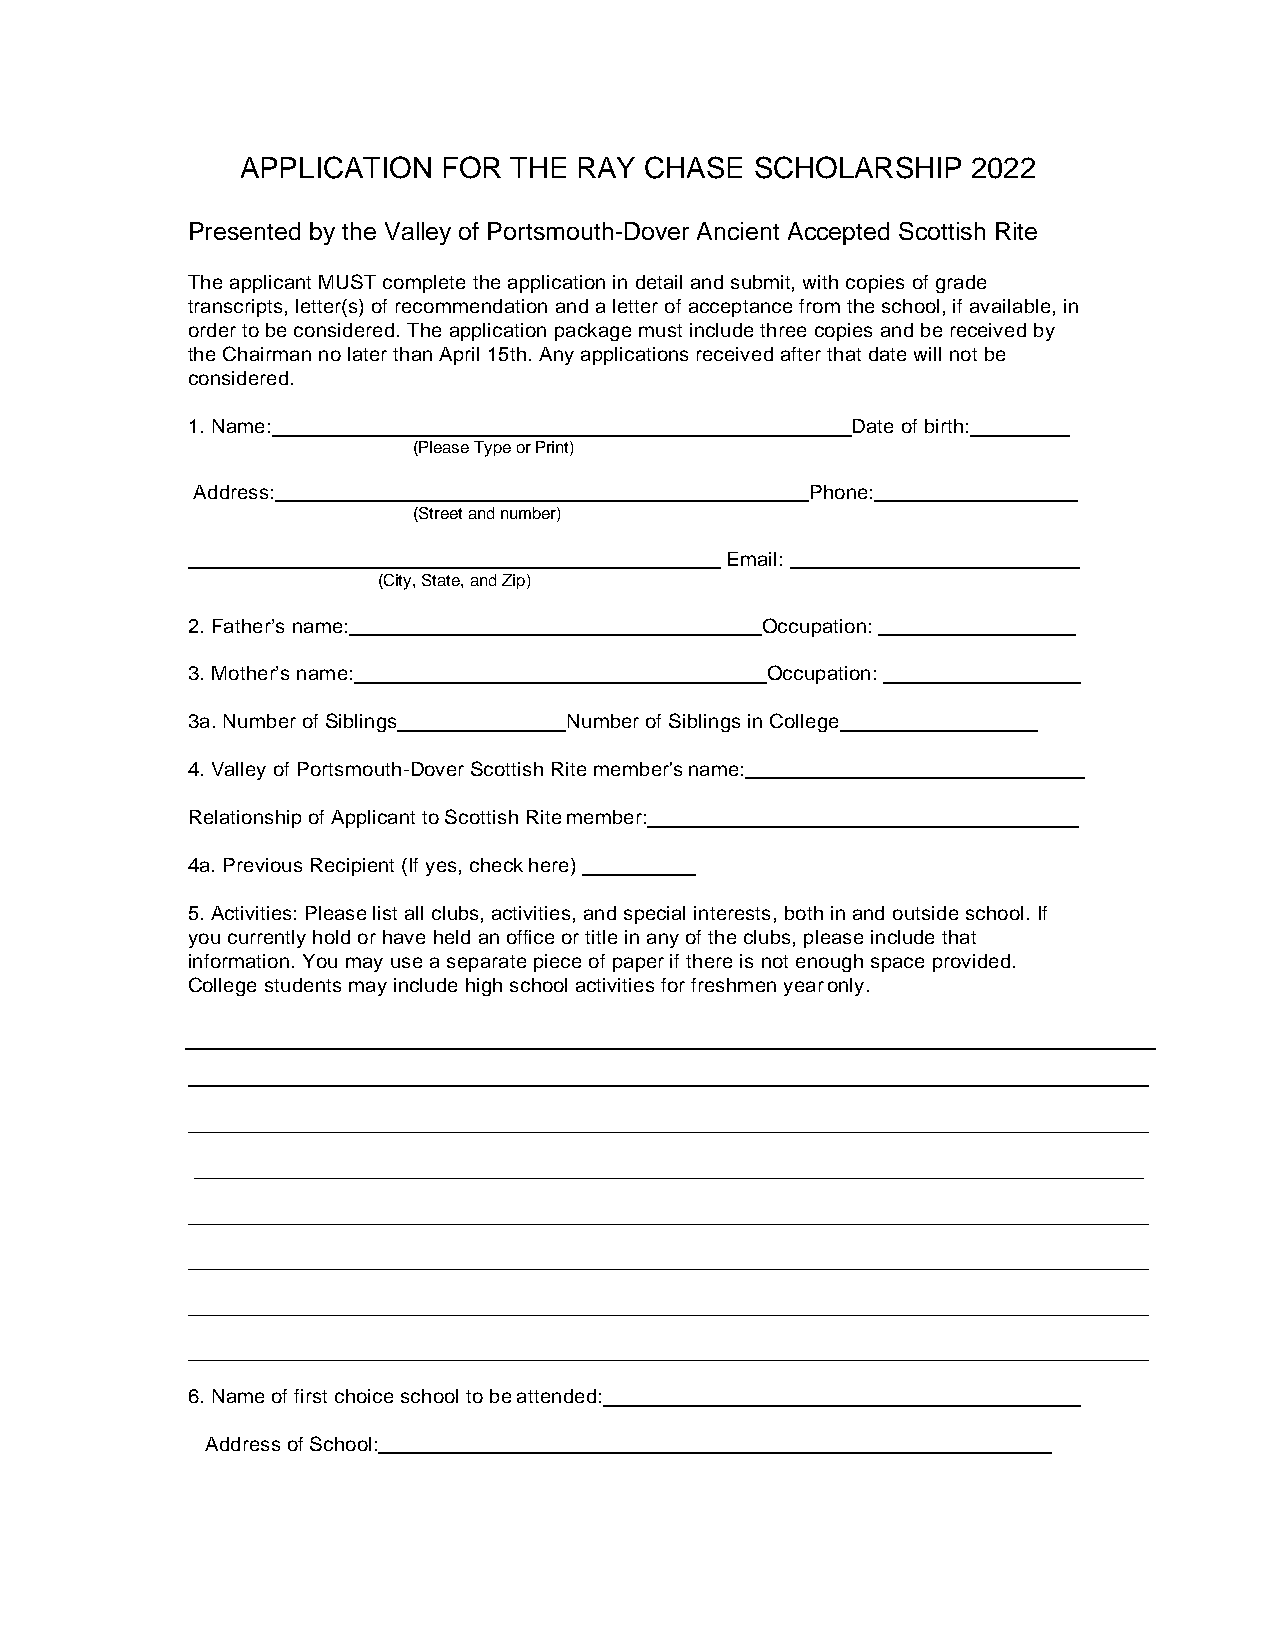
APPLICATION  FOR  THE RAY  CHASE  SCHOLARSHIP   2022
 Presented by the Valley of Portsmouth-Dover Ancient Accepted Scottish Rite
 The applicant MUST complete the application in detail and submit, with copies of grade
 transcripts, letter(s) of recommendation and a letter of acceptance from the school, if available, in
 order to be considered. The application package must include three copies and be received by
 the Chairman no later than April 15th. Any applications received after that date will not be
 considered.
 1.Name:                                     Date of birth:
 (Please Type or Print)
 Address:                                 Phone:
 (Street and number)
 Email:
 (City, State, and Zip)
 2. Father’s name:                     Occupation:
 3. Mother’s name:                      Occupation:
 3a. Number of Siblings   Number of Siblings in College
 4. Valley of Portsmouth-Dover Scottish Rite member's name:
 Relationship of Applicant to Scottish Rite member:
 4a. Previous Recipient (If yes, check here)
 5.Activities: Please list all clubs, activities, and special interests, both in and outside school. If
 you currently hold or have held an office or title in any of the clubs, please include that
 information. You may use a separate piece of paper if there is not enough space provided.
 College students may include high school activities for freshmen year only.
 6. Name of first choice school to be attended:
 Address of School: